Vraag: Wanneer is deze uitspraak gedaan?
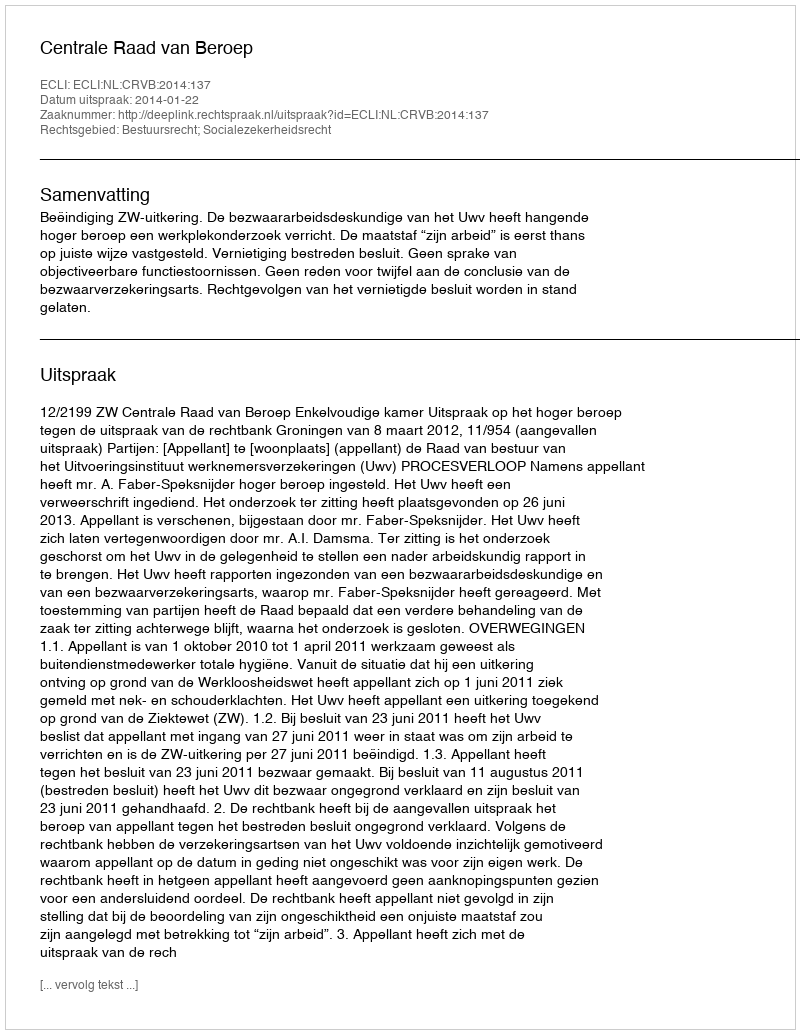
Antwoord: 2014-01-22